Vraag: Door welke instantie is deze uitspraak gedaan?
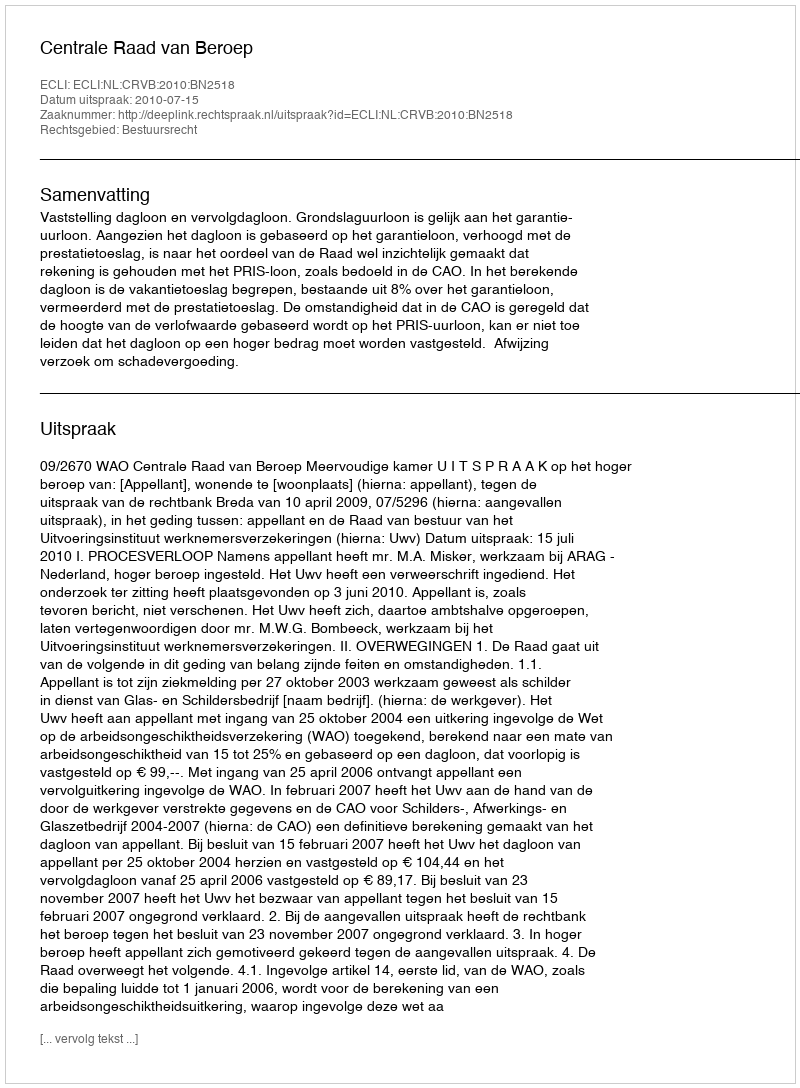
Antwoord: Centrale Raad van Beroep